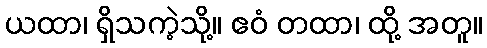
ယထာ၊ ရှိသကဲ့သို့။ ဧဝံ တထာ၊ ထို့ အတူ။